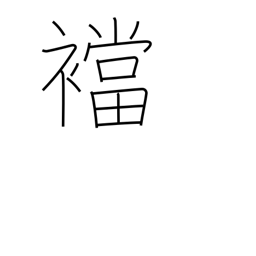
Meaning: gusset